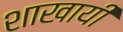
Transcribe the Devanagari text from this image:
शाखायी